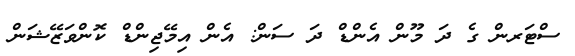
ސްޓަރން ގެ ދަ މޫން އެންޑް ދަ ސަން: އެން އިމޭޖިންޑް ކޮންވަޒޭޝަން